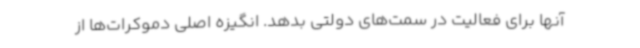
آنها برای فعالیت در سمت‌های دولتی بدهد. انگیزه اصلی دموکرات‌ها از